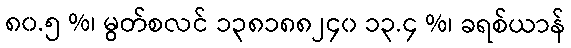
၈၀.၅ %၊ မွတ်စလင် ၁၃၈၁၈၈၂၄၀ ၁၃.၄ %၊ ခရစ်ယာန်